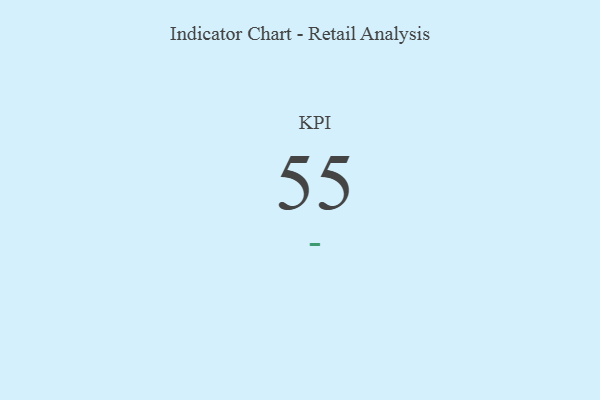
{"axis": {"x": "KPI", "y": "Value"}, "legend": [""], "data": [{"x": "KPI", "y": 55, "type": ""}]}